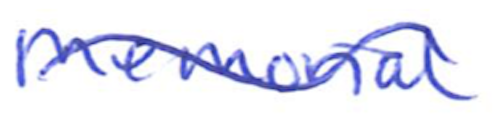
Text: Memorial
Cross-out: wave
Writing tool: ballpoint